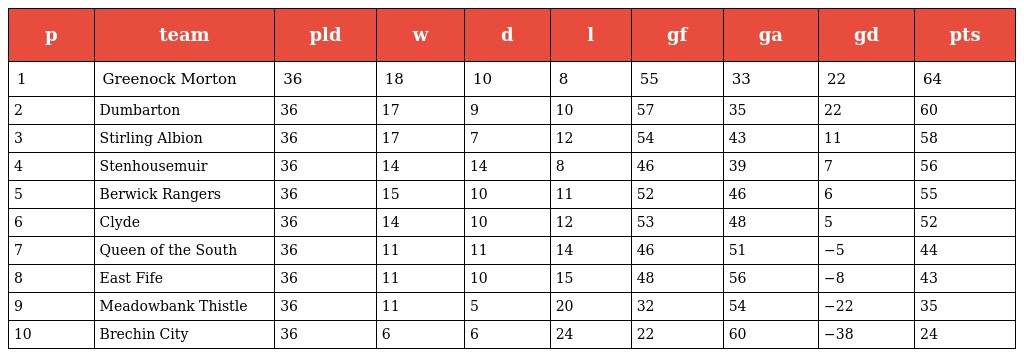
| p | team | pld | w | d | l | gf | ga | gd | pts |
 | --- | --- | --- | --- | --- | --- | --- | --- | --- | --- |
 | 1 | Greenock Morton | 36 | 18 | 10 | 8 | 55 | 33 | 22 | 64 |
 | 2 | Dumbarton | 36 | 17 | 9 | 10 | 57 | 35 | 22 | 60 |
 | 3 | Stirling Albion | 36 | 17 | 7 | 12 | 54 | 43 | 11 | 58 |
 | 4 | Stenhousemuir | 36 | 14 | 14 | 8 | 46 | 39 | 7 | 56 |
 | 5 | Berwick Rangers | 36 | 15 | 10 | 11 | 52 | 46 | 6 | 55 |
 | 6 | Clyde | 36 | 14 | 10 | 12 | 53 | 48 | 5 | 52 |
 | 7 | Queen of the South | 36 | 11 | 11 | 14 | 46 | 51 | −5 | 44 |
 | 8 | East Fife | 36 | 11 | 10 | 15 | 48 | 56 | −8 | 43 |
 | 9 | Meadowbank Thistle | 36 | 11 | 5 | 20 | 32 | 54 | −22 | 35 |
 | 10 | Brechin City | 36 | 6 | 6 | 24 | 22 | 60 | −38 | 24 |